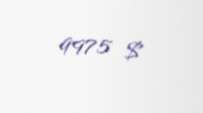
9975 $